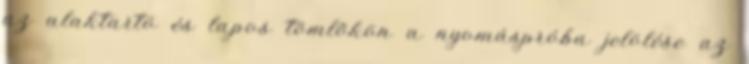
az alaktartó és lapos tömlõkön a nyomáspróba jelölése az